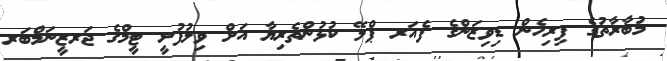
މުބާރާތުގެ ފިރިހެން ޑިވިޒަންގެ ފެއަރ ޕްލޭ ކުޅުންތެރިޔާ އަށް ވިލުފުށީ ޓީމްގެ ޖަރޒީނަމްބަރ